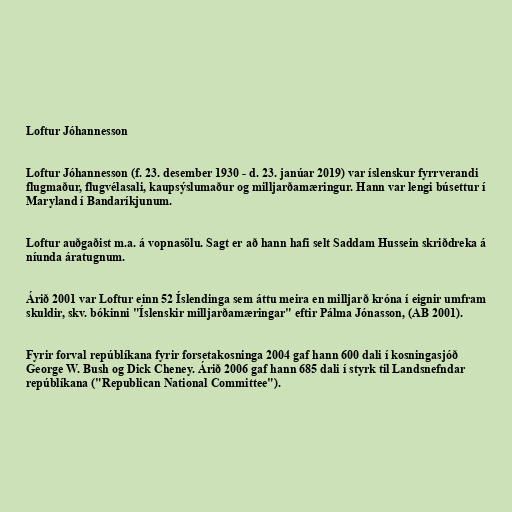
Loftur Jóhannesson

Loftur Jóhannesson (f. 23. desember 1930 - d. 23. janúar 2019) var íslenskur fyrrverandi
flugmaður, flugvélasali, kaupsýslumaður og milljarðamæringur. Hann var lengi búsettur í
Maryland í Bandaríkjunum.

Loftur auðgaðist m.a. á vopnasölu. Sagt er að hann hafi selt Saddam Hussein skriðdreka á
níunda áratugnum.

Árið 2001 var Loftur einn 52 Íslendinga sem áttu meira en milljarð króna í eignir umfram
skuldir, skv. bókinni "Íslenskir milljarðamæringar" eftir Pálma Jónasson, (AB 2001).

Fyrir forval repúblíkana fyrir forsetakosninga 2004 gaf hann 600 dali í kosningasjóð
George W. Bush og Dick Cheney. Árið 2006 gaf hann 685 dali í styrk til Landsnefndar
repúblíkana ("Republican National Committee").